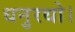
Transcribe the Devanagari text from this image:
धनुरथो।